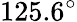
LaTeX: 125.6^{\circ}